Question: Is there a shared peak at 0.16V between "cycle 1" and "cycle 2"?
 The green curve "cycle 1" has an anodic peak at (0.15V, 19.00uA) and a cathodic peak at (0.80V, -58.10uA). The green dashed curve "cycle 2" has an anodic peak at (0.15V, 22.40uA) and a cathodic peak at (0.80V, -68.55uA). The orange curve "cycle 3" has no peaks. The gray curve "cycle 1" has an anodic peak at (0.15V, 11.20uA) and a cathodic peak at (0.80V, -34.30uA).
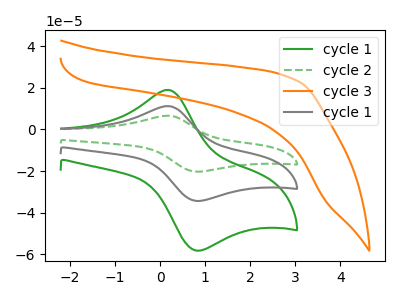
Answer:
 <answer>Yes, "cycle 1" and "cycle 2" share a peak at 0.16V.</answer>
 <eval>match</eval>